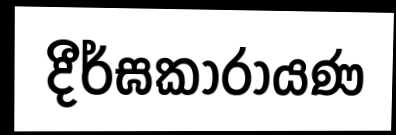
දීර්ඝකාරායණ